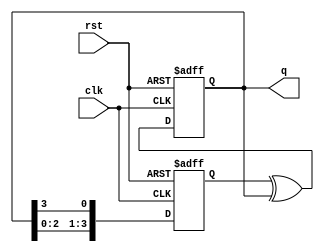
module johnson_gray_counter(
    input clk,
    input rst,
    output reg [3:0] q
);

reg [3:0] d;

always @(posedge clk or posedge rst) begin
    if (rst) begin
        d <= 4'b0001;
        q <= 4'b0000;
    end else begin
        d <= {q[2:0], q[3]};
        q <= d ^ q;
    end
end

endmodule